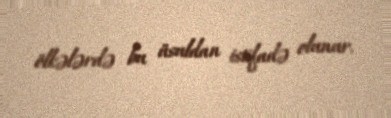
ölkələrdə bu üsuldan istifadə olunur.